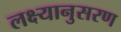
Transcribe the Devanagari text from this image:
लक्ष्यानुसरण